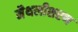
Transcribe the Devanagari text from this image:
मैथलीशरण